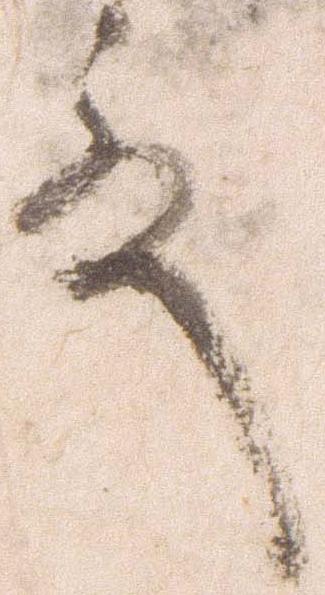
殿